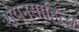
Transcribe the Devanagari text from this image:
शयनसाहित्य